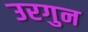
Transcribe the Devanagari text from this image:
उरगुन